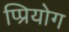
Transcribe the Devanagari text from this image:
प्प्रियोग